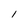
Character: 1